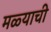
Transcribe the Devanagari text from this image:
मळ्याची